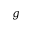
g